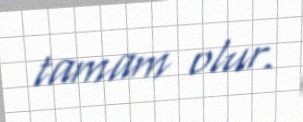
tamam olur.